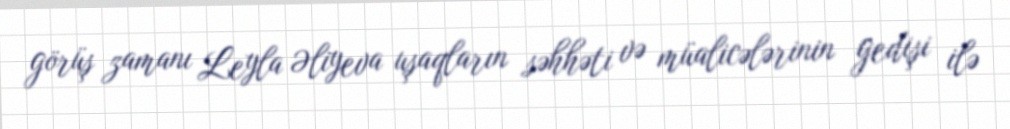
görüş zamanı Leyla Əliyeva uşaqların səhhəti və müalicələrinin gedişi ilə